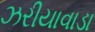
ઝરીયાવાડા